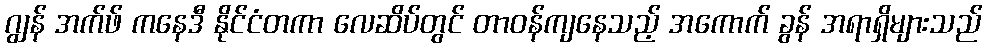
ဂျွန် အက်ဖ် ကနေဒီ နိုင်ငံတကာ လေဆိပ်တွင် တာဝန်ကျနေသည့် အကောက် ခွန် အရာရှိများသည်